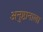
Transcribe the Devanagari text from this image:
अनुष्ठानाला